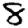
Digit: 8